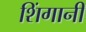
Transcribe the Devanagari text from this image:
शिंगानी